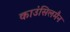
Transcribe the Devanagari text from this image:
काउंसिलमैन